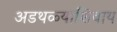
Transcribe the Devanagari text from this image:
अडथळ्याशिवाय